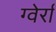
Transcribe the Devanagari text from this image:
ग्वेर्रा